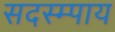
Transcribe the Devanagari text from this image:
सदस्म्पाय